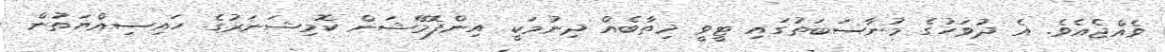
ވެއްޖެއެވެ. އެ ދުވަހުގެ މުނާސަބަތުގައި ޓީވީ ޚިޠާބެއް ދިނުމަކީ އިންފޮމޭޝަން ކޮމިޝަނަރުގެ ހައިސިއްޔަތުން